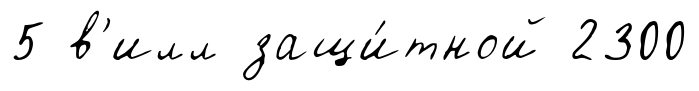
5 в'илл защи́тной 2300